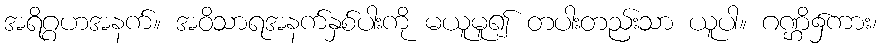
အရိဂ္ဂဟအနက်။ အဝိသာရအနက်နှစ်ပါးကို မယူမူ၍ တပါးတည်းသာ ယူပါ။ ဂဏ္ဌိ၌ကား၊